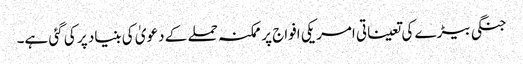
جنگی بیڑے کی تعیناتی امریکی افواج پر ممکنہ حملے کے دعویٰ کی بنیاد پر کی گئی ہے۔